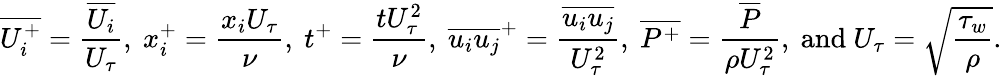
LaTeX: \overline{{{U_{i}^{+}}}}=\frac{\overline{{U_{i}}}}{U_{\tau}},~{x_{i}^{+}}=\frac{x_{i}U_{\tau}}{\nu},~t^{+}={\frac{tU_{\tau}^{2}}{\nu}},~\overline{{u_{i}u_{j}}}^{+}=\frac{\overline{{u_{i}u_{j}}}}{U_{\tau}^{2}},~\overline{{{P^{+}}}}=\frac{\overline{{P}}}{\rho U_{\tau}^{2}},\mathrm{~and~}U_{\tau}=\sqrt{\frac{\tau_{w}}{\rho}}.